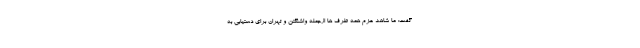
گفت: ما شاهد عزم همه طرف ها ازجمله واشنگتن و تهران برای دستیابی به